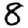
Digit: 8